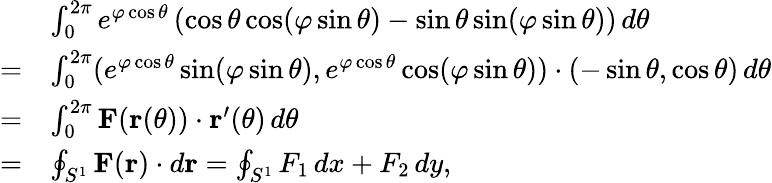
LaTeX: {\begin{array}{rl}&{\int_{0}^{2\pi}e^{\varphi\cos\theta}\left(\cos\theta\cos(\varphi\sin\theta)-\sin\theta\sin(\varphi\sin\theta)\right)\, d\theta}\\ {=}&{\int_{0}^{2\pi}(e^{\varphi\cos\theta}\sin(\varphi\sin\theta),e^{\varphi\cos\theta}\cos(\varphi\sin\theta))\cdot(-\sin\theta,\cos\theta)\, d\theta}\\ {=}&{\int_{0}^{2\pi}\mathbf{F}(\mathbf{r}(\theta))\cdot\mathbf{r}^{\prime}(\theta)\, d\theta}\\ {=}&{\oint_{S^{1}}\mathbf{F}(\mathbf{r})\cdot d\mathbf{r}=\oint_{S^{1}}F_{1}\, dx+F_{2}\, dy,}\end{array}}